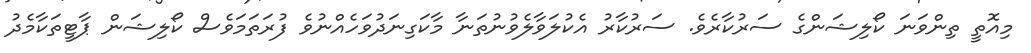
މިއޮތީ ތިންވަނަ ކޯލިޝަންގެ ސަރުކާރެވެ. ސަރުކާރު އެކުލަވާލެވުނުތަނާ މާކަގިނަދުވަހެއްނުވެ ފުރަތަމަވެސް ކޯލިޝަން ޕާޓީތަކާމެދު